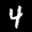
Label: 4